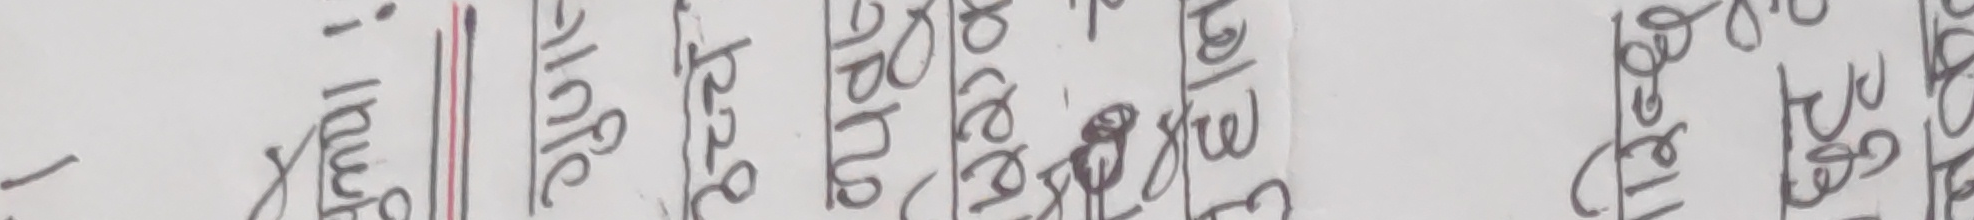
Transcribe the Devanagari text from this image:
बढूवा गरी